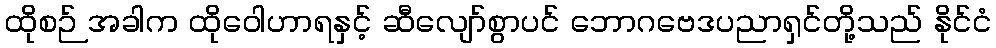
ထိုစဉ် အခါက ထိုဝေါဟာရနှင့် ဆီလျော်စွာပင် ဘောဂဗေဒပညာရှင်တို့သည် နိုင်ငံ